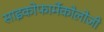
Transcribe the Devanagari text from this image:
साइकोफार्मेकोलोजी